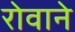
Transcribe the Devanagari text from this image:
रोवाने